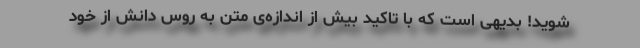
شوید! بدیهی است که با تاکید بیش از اندازه‌ی متن به روس دانش از خود